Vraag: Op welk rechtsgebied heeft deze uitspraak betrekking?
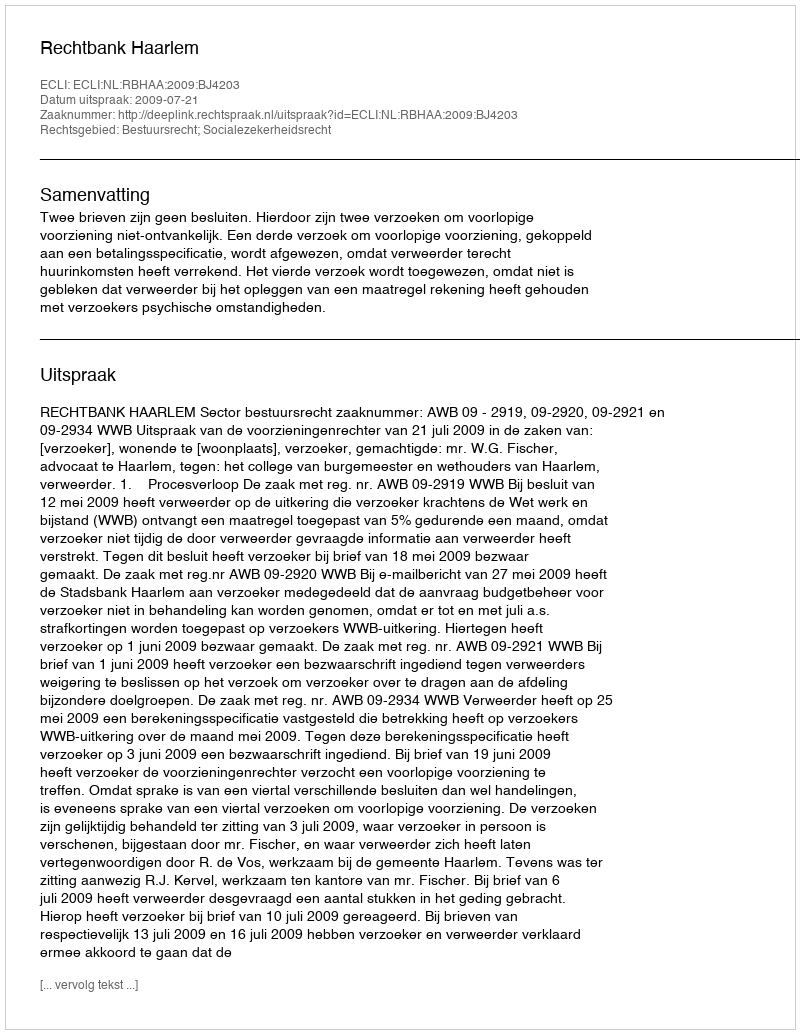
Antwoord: Bestuursrecht; Socialezekerheidsrecht